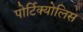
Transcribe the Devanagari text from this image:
पोर्टिक्योलिस